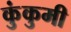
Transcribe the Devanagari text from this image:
कुंकुमी